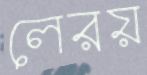
লেরয়